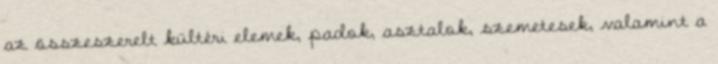
az összeszerelt kültéri elemek, padok, asztalok, szemetesek, valamint a